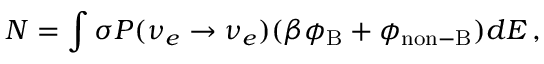
N = \int \sigma P ( \nu _ { e } \to \nu _ { e } ) ( \beta \phi _ { \mathrm { B } } + \phi _ { \mathrm { n o n { - } B } } ) d E \, ,